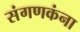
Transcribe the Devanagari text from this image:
संगणकंना